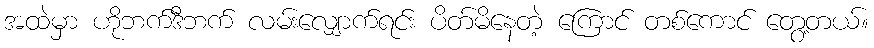
အထဲမှာ ဟိုဘက်ဒီဘက် လမ်းလျှောက်ရင်း ပိတ်မိနေတဲ့ ကြောင် တစ်ကောင် တွေ့တယ်။